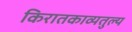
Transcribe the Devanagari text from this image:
किरातकाव्यतुल्य